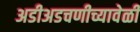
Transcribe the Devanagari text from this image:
अडीअडचणीच्यावेळी